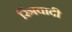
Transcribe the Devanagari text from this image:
स्त्रिवादी